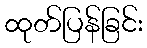
ထုတ်ပြန်ခြင်း